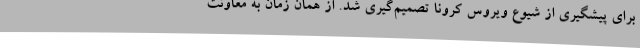
برای پیشگیری از شیوع ویروس کرونا تصمیم‌گیری شد. از همان زمان به معاونت